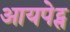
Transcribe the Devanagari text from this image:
आयपेट्स